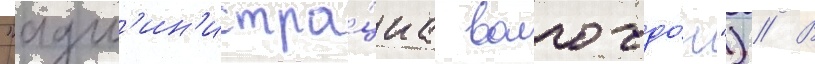
"адм'ин'истра́циа волго-до́н") // В